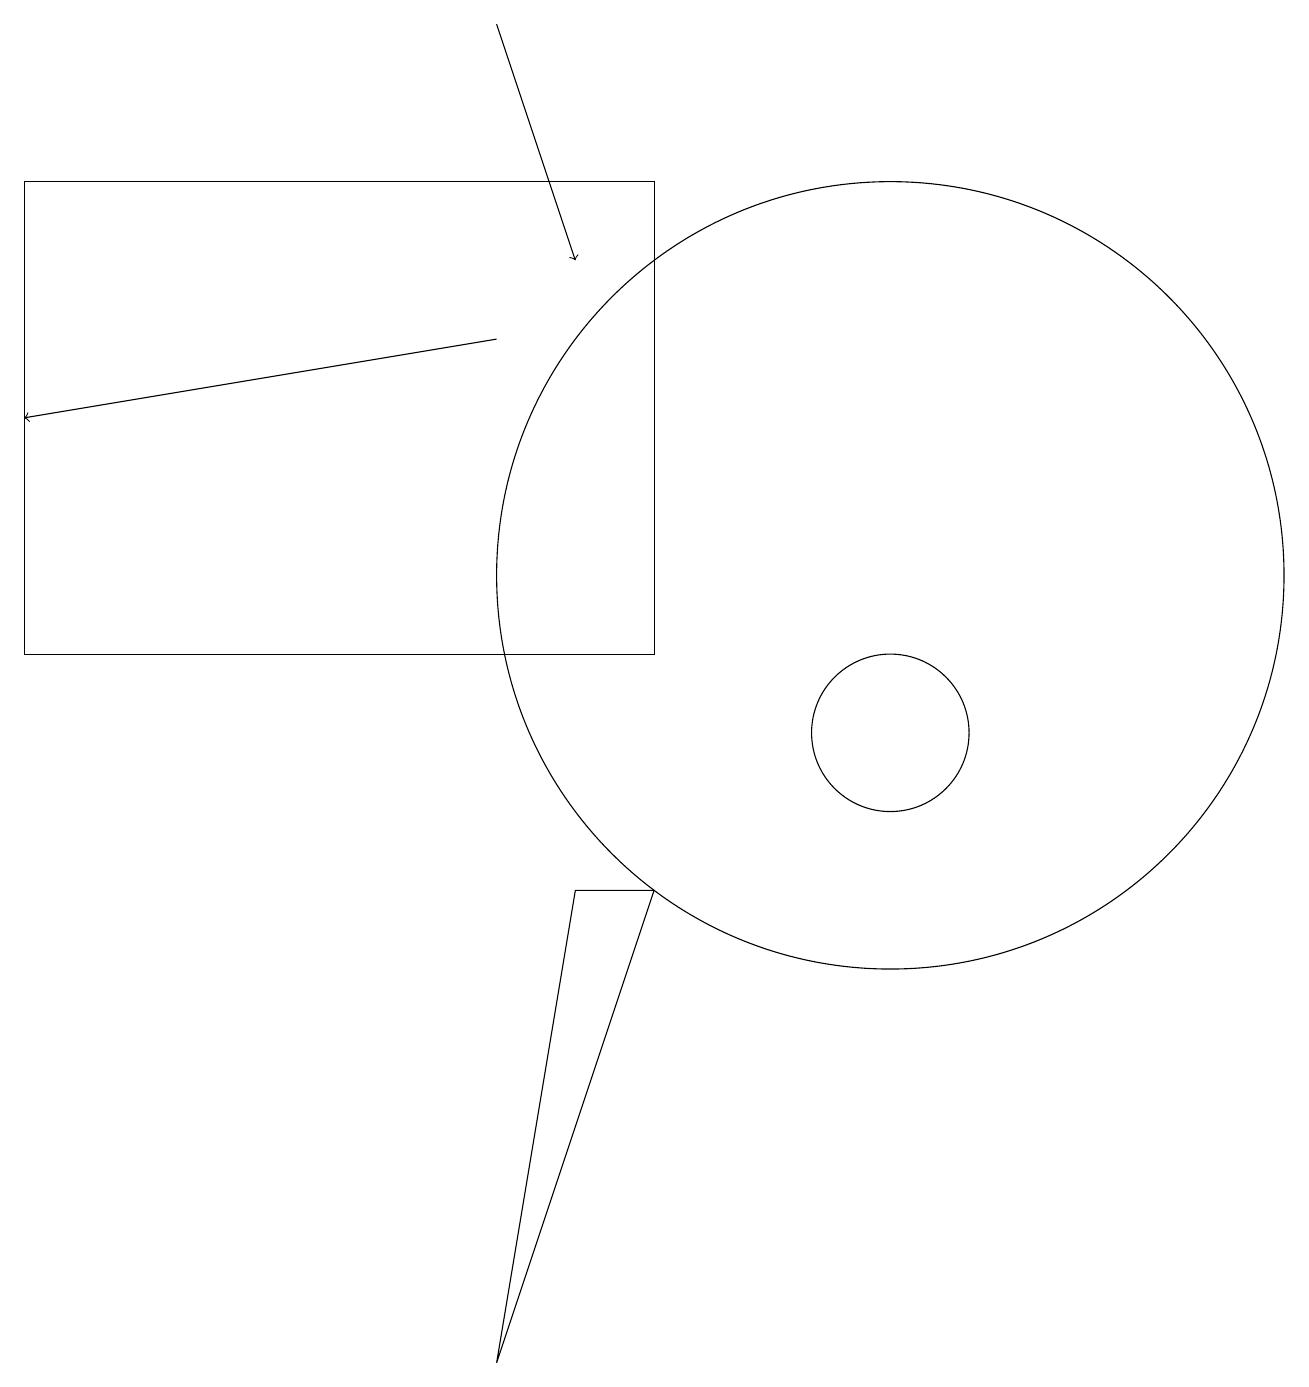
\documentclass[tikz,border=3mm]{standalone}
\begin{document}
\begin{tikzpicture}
\draw (8,8) -- (7,8) -- (6,2) -- cycle;
\draw (11,12) circle (5);
\draw (11,10) circle (1);
\draw[->] (6,19) -- (7,16);
\draw[->] (6,15) -- (0,14);
\draw (0,17) rectangle (8,11);
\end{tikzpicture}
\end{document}